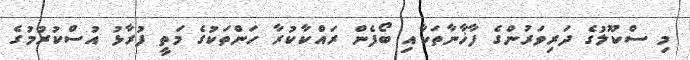
މި ސްކޫލުގެ ދަރިވަރުންގެ ފާޚާނާތަކާއި ބޯފެން ރައްކާކުރާ ހަންތަކުގެ މަތީ ފުރާޅު އުސްކުރުމުގެ